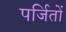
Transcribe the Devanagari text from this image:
पर्जितों